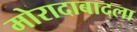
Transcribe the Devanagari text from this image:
मोरादाबादला